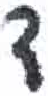
אות: ד